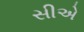
સીએ